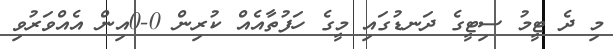
މި ދެ ޓީމު ސިޓީގެ ދަނޑުގައި މީގެ ހަފުތާއެއް ކުރިން 0-0އިން އެއްވަރުވި